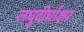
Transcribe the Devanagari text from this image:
लघुदीर्घाक्षर